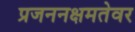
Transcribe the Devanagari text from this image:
प्रजननक्षमतेवर